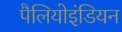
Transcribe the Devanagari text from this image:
पैलियोइंडियन